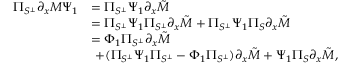
\begin{array} { r l } { \Pi _ { S ^ { \perp } } \partial _ { x } M \Psi _ { 1 } } & { = \Pi _ { S ^ { \perp } } \Psi _ { 1 } \partial _ { x } \tilde { M } } \\ & { = \Pi _ { S ^ { \perp } } \Psi _ { 1 } \Pi _ { S ^ { \perp } } \partial _ { x } \tilde { M } + \Pi _ { S ^ { \perp } } \Psi _ { 1 } \Pi _ { S } \partial _ { x } \tilde { M } } \\ & { = \Phi _ { 1 } \Pi _ { S ^ { \perp } } \partial _ { x } \tilde { M } } \\ & { \ + ( \Pi _ { S ^ { \perp } } \Psi _ { 1 } \Pi _ { S ^ { \perp } } - \Phi _ { 1 } \Pi _ { S ^ { \perp } } ) \partial _ { x } \tilde { M } + \Psi _ { 1 } \Pi _ { S } \partial _ { x } \tilde { M } , } \end{array}